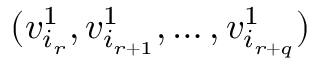
( v _ { i _ { r } } ^ { 1 } , v _ { i _ { r + 1 } } ^ { 1 } , \ldots , v _ { i _ { r + q } } ^ { 1 } )